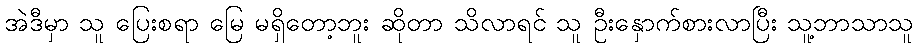
အဲဒီမှာ သူ ပြေးစရာ မြေ မရှိတော့ဘူး ဆိုတာ သိလာရင် သူ ဦးနှောက်စားလာပြီး သူ့ဘာသာသူ